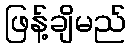
ဖြန့်ချိမည်